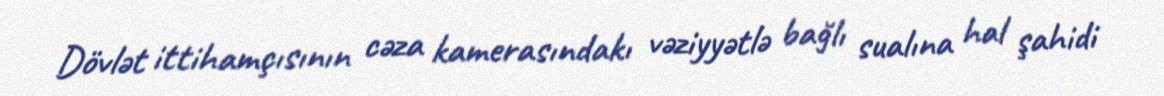
Dövlət ittihamçısının cəza kamerasındakı vəziyyətlə bağlı sualına hal şahidi